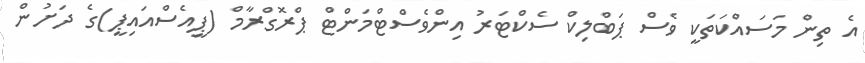
އެ ތިން މަސައްކަތަކީ ވެސް ޕަބްލިކް ސެކްޓަރު އިންވެސްޓްމަންޓް ޕްރޮގްރާމް (ޕީއެސްއައިޕީ)ގެ ދަށުން